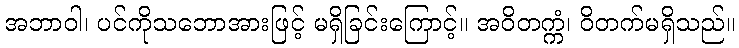
အဘာဝါ၊ ပင်ကိုသဘောအားဖြင့် မရှိခြင်းကြောင့်။ အဝိတက္ကံ၊ ဝိတက်မရှိသည်။